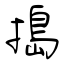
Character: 搗